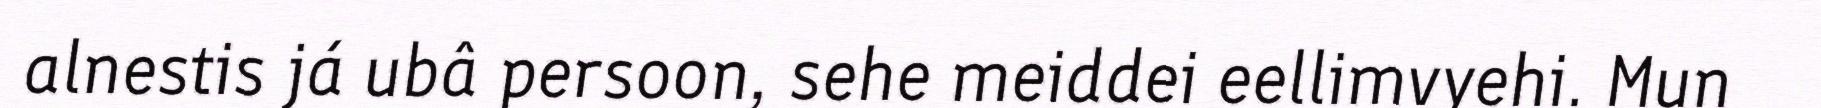
alnestis já ubâ persoon, sehe meiddei eellimvyehi. Mun